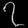
Digit: ၇